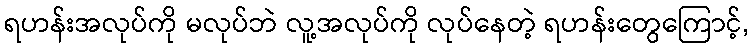
ရဟန်းအလုပ်ကို မလုပ်ဘဲ လူ့အလုပ်ကို လုပ်နေတဲ့ ရဟန်းတွေကြောင့်,